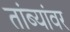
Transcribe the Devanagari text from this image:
तांब्यांवर